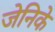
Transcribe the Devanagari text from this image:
जेनिके